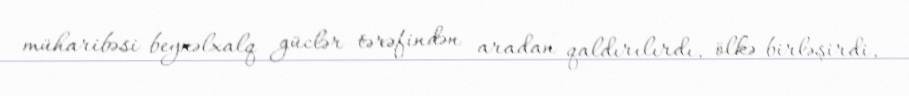
müharibəsi beynəlxalq güclər tərəfindən aradan qaldırılırdı, ölkə birləşirdi,